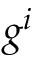
g ^ { i }